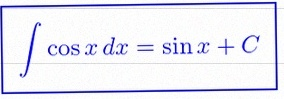
\int \cos x\,dx=\sin x+C